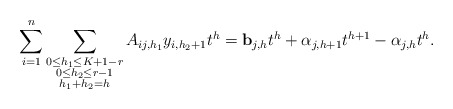
\begin{align*} \sum_{i=1}^n \sum_{\substack{0 \le h_1 \le K+1-r \\ 0 \le h_2 \le r-1\\ h_1 + h_2 = h}} A_{ij,h_1} y_{i, h_2+1}t^h = \mathbf{b}_{j, h} t^h + \alpha_{j, h+1} t ^{h+1} - \alpha_{j, h} t^h. \end{align*}